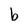
Character: b